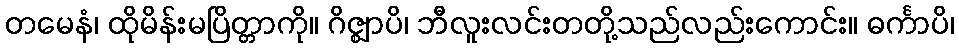
တမေနံ၊ ထိုမိန်းမပြိတ္တာကို။ ဂိဇ္ဈာပိ၊ ဘီလူးလင်းတတို့သည်လည်းကောင်း။ ဓင်္ကာပိ၊